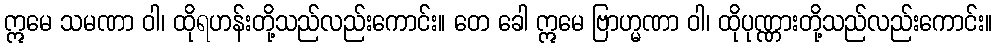
ဣမေ သမဏာ ဝါ၊ ထိုရဟန်းတို့သည်လည်းကောင်း။ တေ ခေါ ဣမေ ဗြာဟ္မဏာ ဝါ၊ ထိုပုဏ္ဏားတို့သည်လည်းကောင်း။